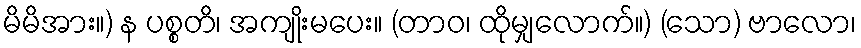
မိမိအား။) န ပစ္စတိ၊ အကျိုးမပေး။ (တာဝ၊ ထိုမျှလောက်။) (သော) ဗာလော၊